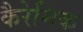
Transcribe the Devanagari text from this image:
कैरेमिक